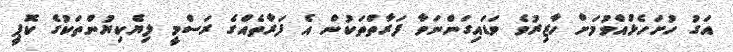
އަގު ހުށަހެޅުއްވުމަށް ހާޒިރުވެ ވަޑައިގަންނަވާ ފަރާތްތަކުން އެ ފަރާތެއްގެ ރަސްމީ ލިޔެކިޔުންތަކުގެ ކޮޕީ